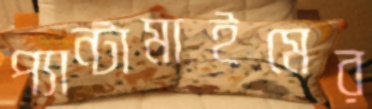
প্যান্টামাইমের